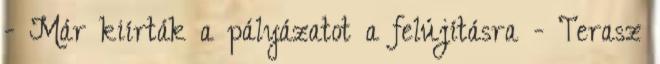
- Már kiírták a pályázatot a felújításra - Terasz